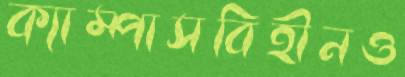
ক্যাম্পাসবিহীনও